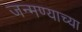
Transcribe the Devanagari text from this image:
जन्मण्याच्या